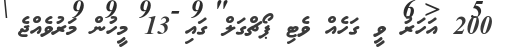
200 އަހަރު ވީ ގަހެއް ވެޓި ޕޯޗްގަލް ގައި 13 މީހުން މަރުވެއްޖެ